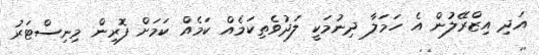
އަދި އިޒްރޭލުން އެ ހަމަލާ ދިނުމަކީ ލަދުވެތިކަމެއް ކަމެއް ކަމަށް ފޮރިން މިނިސްޓަރު